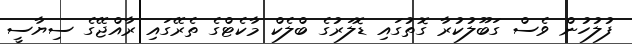
ފުލުހުން ވެސް ގަބޫލުކުރާ ގޮތުގައި ޑޮލަރުގެ ބްލެކް މާކެޓްގެ ތެރޭގައި ރާއްޖޭގެ ސިޔާސީ